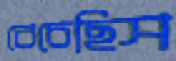
বেচেছিস